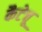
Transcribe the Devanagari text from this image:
कैटेचू